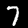
Digit: 7